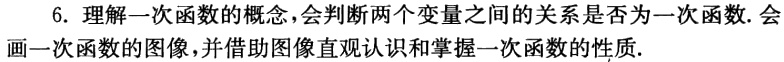
6. 理解一次函数的概念，会判断两个变量之间的关系是否为一次函数. 会画一次函数的图像，并借助图像直观认识和掌握一次函数的性质.